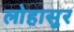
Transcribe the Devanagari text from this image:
लोहासुर